Report on vaccination in Madras 1895-1903 - 1895-1903
Year: 1895
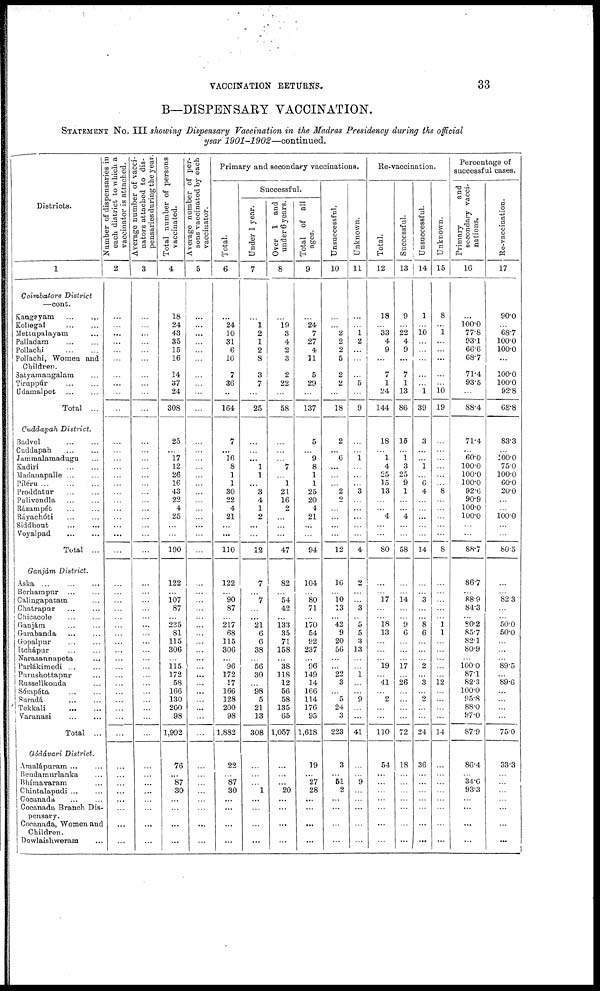
VACCINATION RETURNS.
33
B—DISPENSARY VACCINATION.
STATEMENT NO. III showing Dispensary Vaccination in the Madras Presidency during the official
year 1901-1902—continued.
Districts.
1
Coimbatore District
—cont.
Kangeyam
...
...
Kollegal
...
...
Mettupalayam ...
Palladam
...
...
Pollachi
...
...
Pollachi, Women and
Children.
Satyamangalam ...
Tiruppúr
...
...
Udamalpet
...
...
Total ...
Cuddapah District.
Badvel
...
...
Caddapah
...
...
Jammalamadugu ...
Kadiri
...
...
Madanapalle ... ...
Piléru
...
...
...
Proddatur
...
...
Pulivendla
...
...
Rázampét
...
...
Ráyachóti ... ...
Siddhout
...
...
Voyalpad
...
...
Total ...
Ganjám District.
Aska
...
...
...
Berhampur ... ...
Calingapatam ...
Chatrapur ... ...
Chicacole
...
...
Ganjám ... ...
Garabanda ... ...
Gopalpur ... ...
Itchápur
...
...
Narasannapeta ...
Parlákimedi ... ...
Purashottapur ...
Russellkonda ...
Sómpéta ... ...
Suradá ... ...
Tekkali ... ...
Varanasi ... ...
Total ...
Gódávari District.
Amalápuram ... ...
Bendamurlanka ...
Bhímavaram ...
Chintalapudi ... ...
Cocanada
...
...
Cocanada Branch Dis-
pensary.
Cocanada, Women and
Children.
Dowlaishweram ...
Number of dispensaries in
each district to which a
vaccinator is attached.
2
...
...
...
...
...
...
...
...
...
...
...
...
...
...
...
...
...
...
...
...
...
...
...
...
...
...
...
...
...
...
...
...
...
...
...
...
...
...
...
...
...
...
...
...
...
...
...
Average number of vacci-
nators attached to dis-
pensaries during the year
3
...
...
...
...
...
...
...
...
...
...
...
...
...
...
...
...
...
...
...
...
...
...
...
...
...
...
...
...
...
...
...
...
...
...
...
...
...
...
...
...
...
...
...
...
...
...
...
...
...
Total number of persons
vaccinated.
4
18
24
43
35
15
16
14
37
24
308
25
...
17
12
26
16
43
22
4
25
...
...
190
122
...
107
87
...
235
81
115
306
...
115
172
58
166
130
200
98
1,992
76
...
87
30
...
...
...
...
Average number of per-
sons vaccinated by each
vaccinator.
5
...
...
...
...
...
...
...
...
...
...
...
...
...
...
...
...
...
...
...
...
...
...
...
...
...
...
...
...
...
...
...
...
...
...
...
...
...
...
...
...
...
...
...
...
...
...
...
...
...
Primary and secondary vaccinations.
Total.
6
...
24
30
31
6
16
7
36
...
164
7
...
16
8
1
1
30
22
4
21
...
...
110
122
...
90
87
... 217
68
115
306
...
96
172
17
166
128
200
98
1,882
22
...
87
30
...
...
...
...
Successful.
Under 1 year.
7
...
1
2
1
2
8
3
7
...
25
...
...
...
1
1
...
3
4
1
2
...
...
12
7
...
7
...
...
21
6
6
38
...
56
30
...
98
5
21
13
308
...
...
...
1
...
...
...
...
Over 1 and
under 6 years.
8
...
19
3
4
2
3
2
22
...
58
...
...
...
7
...
1
21
16
2
...
...
...
47
82
...
54
42
...
133
35
71
158
...
38
118
12
56
58
135
65
1,057
...
...
...
20
...
...
...
...
Total of all
ages.
9
...
24
7
27
4
11
5
29
...
137
5
...
9
8
1
1
25
20
4
21
...
...
94
104
...
80
71
... 170
54
92
237
...
96
149
14
166
114
176
95
1,618
19
...
27
28
...
...
...
...
Unsuccessful.
10
...
...
2
2
2
5
2
2
...
18
2
...
6
...
...
...
2
2
...
...
...
...
12
16
...
10
13
... 42
9
20
56
...
... 22
3
...
5
24
3
223
3
...
51
2
...
...
...
...
Unknown.
11
...
...
1
2
...
...
...
5
...
9
...
...
1
...
...
...
3
...
...
...
...
...
4
2
...
...
3
... 5
5
3
13
...
... 1
...
...
9
...
...
41
...
...
9
...
...
...
...
...
Re-vaccination.
Total.
12
18
...
33
4
9
...
7
1
24
144
18
...
1
4
25
15
13
...
...
4
...
...
80
...
...
17
...
... 18
13
...
...
...
19
...
41
...
2
...
...
110
54
...
...
...
...
...
...
...
Successful.
13
9
...
22
4
9
...
7
1
13
86
15
...
1
3
25
9
1
...
...
4
...
...
58
...
...
14
...
... 9
6
...
...
...
17
...
26
...
...
...
...
72
18
...
...
...
...
...
...
...
Unsuccessful.
14
1
...
10
...
...
...
...
...
1
39
3
...
...
1
...
6
4
...
...
...
...
...
14
...
...
3
...
...
8
6
...
...
...
2
...
3
...
2
...
...
24
36
...
...
...
...
...
...
...
Unknown.
15
8
...
1
...
...
....
...
...
10
19
...
...
...
...
...
...
8
...
...
...
...
...
8
...
...
...
...
...
1
1
...
...
...
...
...
12
...
...
...
...
14
...
...
...
...
...
...
...
...
Percentage of
successful cases.
Primary
and
secondary vacci-
nations.
16
...
100.0
77.8
93.1
66.6
68.7
71.4
93.5
...
88.4
71.4
...
60.0
100.0
100.0
100.0
92.6
90.9
100.0
100.0
...
...
88.7
86.7
...
88.9
84.3
... 80.2
85.7
82.1
80.9
...
100.0
87.1
82.3
100.0
95.8
88.0
97.0
87.9
86.4
...
34.6
93.3
...
...
...
...
Re-vaccination.
17
90.0
...
68.7
100.0
100.0
...
100.0
100.0
92.8
68.8
83.3
...
100.0
75.0
100.0
60.0
20.0
...
...
100.0
...
...
80.5
...
...
82.3
...
... 50.0
50.0
...
...
...
89.5
...
89.6
...
...
...
...
75.0
33.3
...
...
...
...
...
...
...